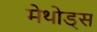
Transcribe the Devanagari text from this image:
मेथोड्स